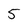
Character: 5